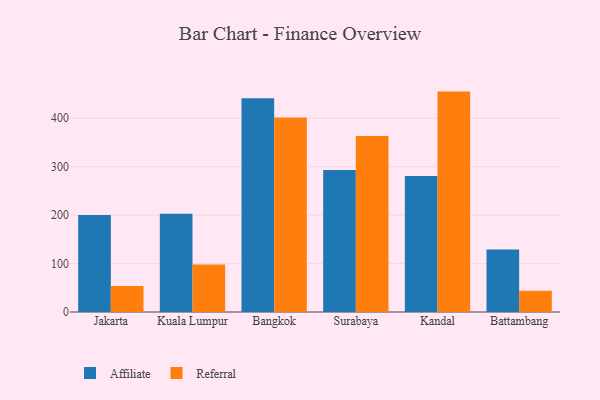
{"axis": {"x": "City", "y": "Temperature (°C)"}, "legend": ["Affiliate", "Referral"], "data": [{"x": "Jakarta", "y": 200.3, "type": "Affiliate"}, {"x": "Jakarta", "y": 53.6, "type": "Referral"}, {"x": "Kuala Lumpur", "y": 203.1, "type": "Affiliate"}, {"x": "Kuala Lumpur", "y": 97.9, "type": "Referral"}, {"x": "Bangkok", "y": 441.4, "type": "Affiliate"}, {"x": "Bangkok", "y": 401.4, "type": "Referral"}, {"x": "Surabaya", "y": 293.4, "type": "Affiliate"}, {"x": "Surabaya", "y": 363.3, "type": "Referral"}, {"x": "Kandal", "y": 280.9, "type": "Affiliate"}, {"x": "Kandal", "y": 455.1, "type": "Referral"}, {"x": "Battambang", "y": 128.8, "type": "Affiliate"}, {"x": "Battambang", "y": 43.8, "type": "Referral"}]}